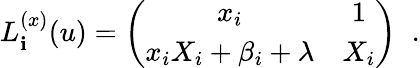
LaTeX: L_{\mathbf{i}}^{(x)}(u)=\left(\begin{array}{cc}{{x_{i}}}&{{1}}\\ {{x_{i}X_{i}+\beta_{i}+\lambda}}&{{X_{i}}}\end{array}\right)\; \; .